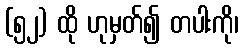
(၅၂) ထို ဟုမှတ်၍ တပါးကို၊